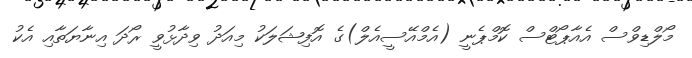
މޯލްޑިވްސް އެއާޕޯޓްސް ކޮމްޕެނީ (އެމްއޭސީއެލް)ގެ އޮފިޝަލަކު މިއަދު ވިދާޅުވީ ރޯދަ އިނާޔަތާއި އެކު